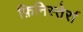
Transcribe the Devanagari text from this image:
फ़िनिस्तेर्रा